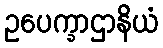
ဥပေက္ခာဌာနိယံ